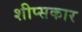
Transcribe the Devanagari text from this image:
शीप्सकार